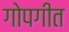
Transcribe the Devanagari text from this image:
गोपगीत